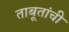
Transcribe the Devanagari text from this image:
ताबूतांची